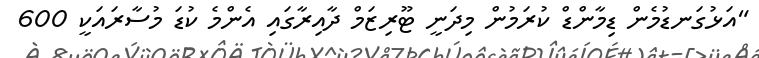
"އަޅުގަނޑުމެން ޑިމާންޑް ކުރަމުން މިދަނީ ޓޫރިޒަމް ދާއިރާގައި އެންމެ ކުޑަ މުސާރައަކީ 600